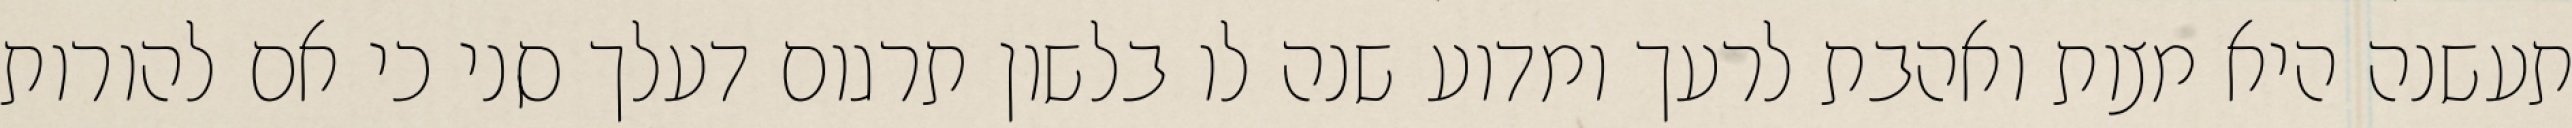
תעשנה היא מצות ואהבת לרעך ומדוע שנה לו בלשון תרגום דעלך סני כי אם להורות